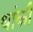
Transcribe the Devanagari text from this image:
थांकी